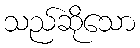
သည်ဆိုသော